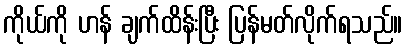
ကိုယ်ကို ဟန် ချက်ထိန်းပြီး ပြန်မတ်လိုက်ရသည်။